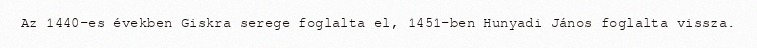
Az 1440-es években Giskra serege foglalta el, 1451-ben Hunyadi János foglalta vissza.